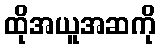
ထိုအယူအဆကို